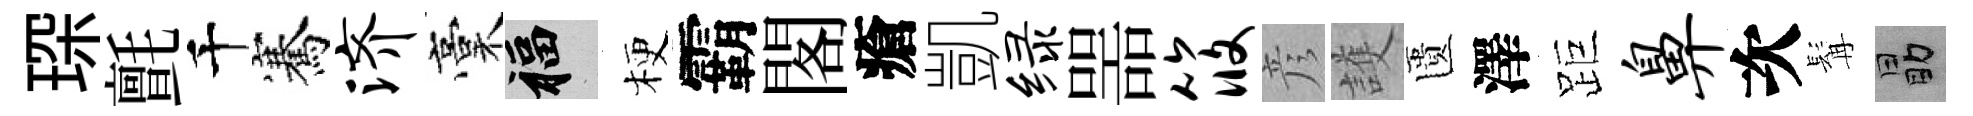
琛氈千騫济稾福梗霸閣瘡凱绿噐筱彦護匱澤距鼻次髯勗